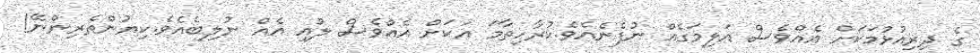
ގެ ދިރިއުޅުމަކަށް އެއްވެސް އަލިމަގެއް ނުފެނެއެވެ.ކުރާހިތާމަ އަކަށް އެއްވެސް ލުއި އެއް ނުލިބެއެވެ.ކިޔުންތެރިންނޭ!